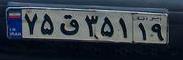
۷۵ق۳۵۱۱۹